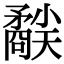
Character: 𥎜